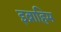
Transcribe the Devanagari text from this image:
इब्राहिम